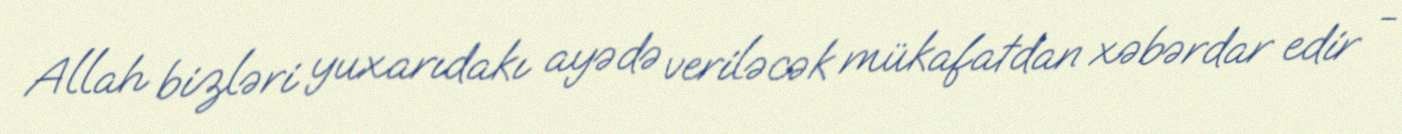
Allah bizləri yuxarıdakı ayədə veriləcək mükafatdan xəbərdar edir -